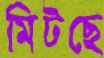
মিটছে